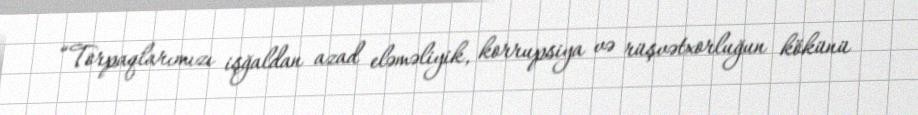
“Torpaqlarımızı işğaldan azad eləməliyik, korrupsiya və rüşvətxorluğun kökünü